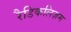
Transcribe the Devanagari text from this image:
रैडिकलिज़म